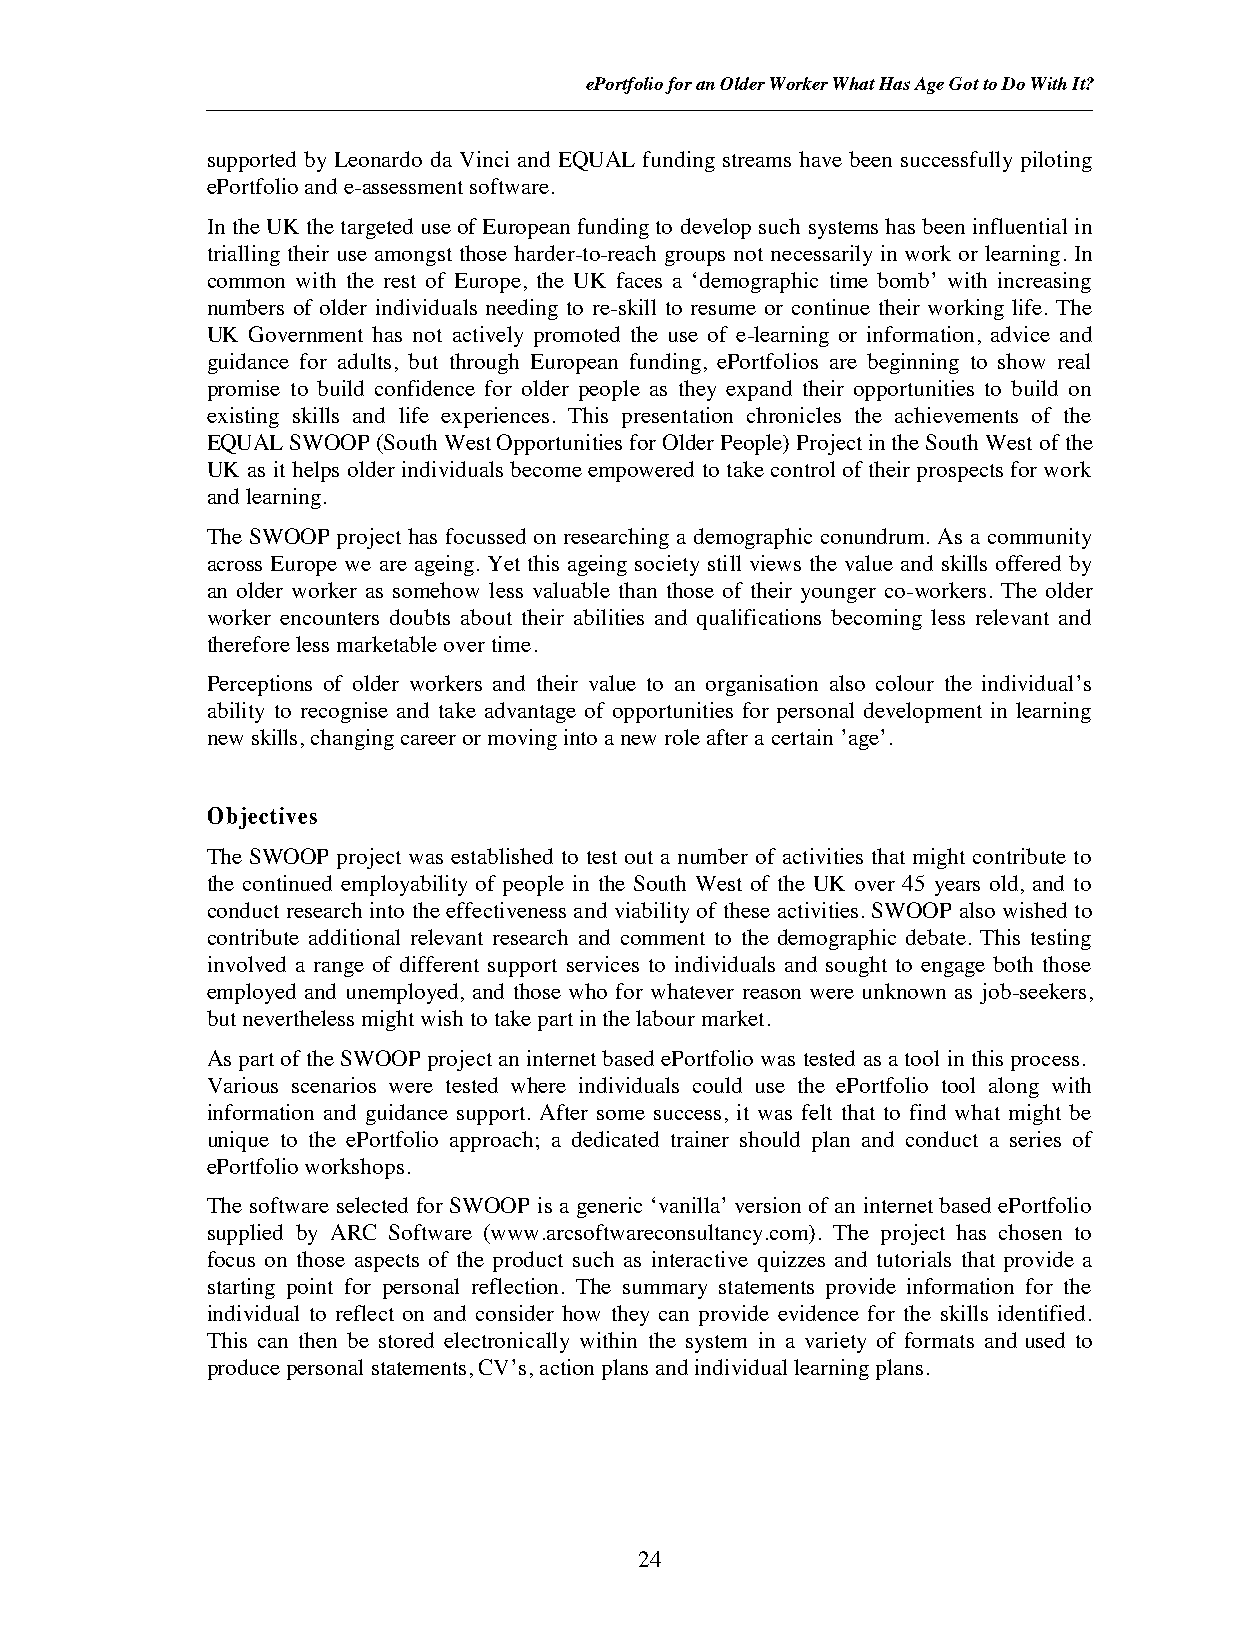
ePortfolio for an Older Worker What Has Age Got to Do With It?
 supported by Leonardo da Vinci and EQUAL funding streams have been successfully piloting
 ePortfolio and e-assessment software.
 In the UK the targeted use of European funding to develop such systems has been influential in
 trialling their use amongst those harder-to-reach groups not necessarily in work or learning. In
 common with the rest of Europe, the UK faces a ‘demographic time bomb’ with increasing
 numbers of older individuals needing to re-skill to resume or continue their working life. The
 UK Government has not actively promoted the use of e-learning or information, advice and
 guidance for adults, but through European funding, ePortfolios are beginning to show real
 promise to build confidence for older people as they expand their opportunities to build on
 existing skills and life experiences. This presentation chronicles the achievements of the
 EQUAL SWOOP (South West Opportunities for Older People) Project in the South West of the
 UK as it helps older individuals become empowered to take control of their prospects for work
 and learning.
 The SWOOP project has focussed on researching a demographic conundrum. As a community
 across Europe we are ageing. Yet this ageing society still views the value and skills offered by
 an older worker as somehow less valuable than those of their younger co-workers. The older
 worker encounters doubts about their abilities and qualifications becoming less relevant and
 therefore less marketable over time.
 Perceptions of older workers and their value to an organisation also colour the individual’s
 ability to recognise and take advantage of opportunities for personal development in learning
 new skills, changing career or moving into a new role after a certain ’age’.
 Objectives
 The SWOOP project was established to test out a number of activities that might contribute to
 the continued employability of people in the South West of the UK over 45 years old, and to
 conduct research into the effectiveness and viability of these activities. SWOOP also wished to
 contribute additional relevant research and comment to the demographic debate. This testing
 involved a range of different support services to individuals and sought to engage both those
 employed and unemployed, and those who for whatever reason were unknown as job-seekers,
 but nevertheless might wish to take part in the labour market.
 As part of the SWOOP project an internet based ePortfolio was tested as a tool in this process.
 Various scenarios were tested where individuals could use the ePortfolio tool along with
 information and guidance support. After some success, it was felt that to find what might be
 unique to the ePortfolio approach; a dedicated trainer should plan and conduct a series of
 ePortfolio workshops.
 The software selected for SWOOP is a generic ‘vanilla’ version of an internet based ePortfolio
 supplied by ARC Software (www.arcsoftwareconsultancy.com). The project has chosen to
 focus on those aspects of the product such as interactive quizzes and tutorials that provide a
 starting point for personal reflection. The summary statements provide information for the
 individual to reflect on and consider how they can provide evidence for the skills identified.
 This can then be stored electronically within the system in a variety of formats and used to
 produce personal statements, CV’s, action plans and individual learning plans.
 24